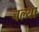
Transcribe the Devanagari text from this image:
चल्या